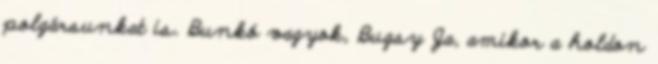
polgársunkat is. Bunkó vagyok, Bugsy Ja, amikor a holdon